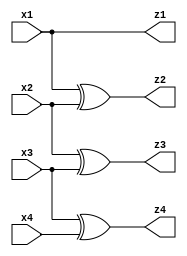
// Lab 1 | Binary to gray code converter - behavioral implementation
`timescale 1ns/1ns
module bin_to_gray_behav(x1, x2, x3, x4, z1, z2, z3, z4);

input x1, x2, x3, x4;
output reg z1, z2, z3, z4;

always @ (x1 or x2 or x3 or x4) begin
	z1 = x1;
	z2 = x1 ^ x2;
	z3 = x2 ^ x3;
	z4 = x3 ^ x4;
end
endmodule